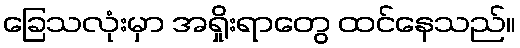
ခြေသလုံးမှာ အရှိုးရာတွေ ထင်နေသည်။